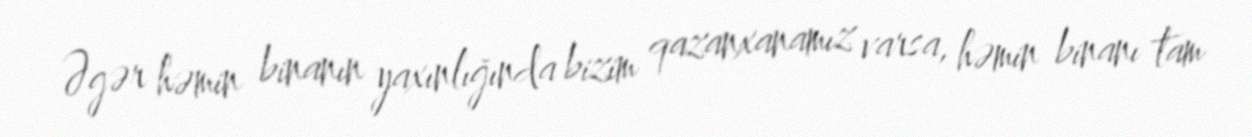
Əgər həmin binanın yaxınlığında bizim qazanxanamız varsa, həmin binanı tam